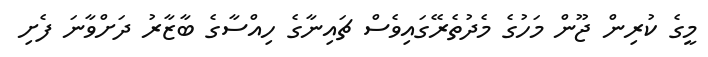
މީގެ ކުރިން ޖޫން މަހުގެ މެދުތެރޭގައިވެސް ޗައިނާގެ ހިއްސާގެ ބާޒާރު ދަށްވާނަ ފެށި